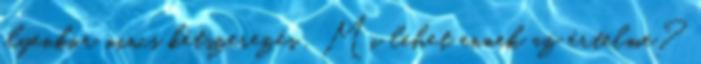
ilyenkor nincs kétszerezés . Mi lehet ennek az értelme?